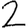
Digit: 2